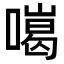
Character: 𠾩